Vaccination in the Punjab 1897-1904 - 1897-1904
Year: 1897
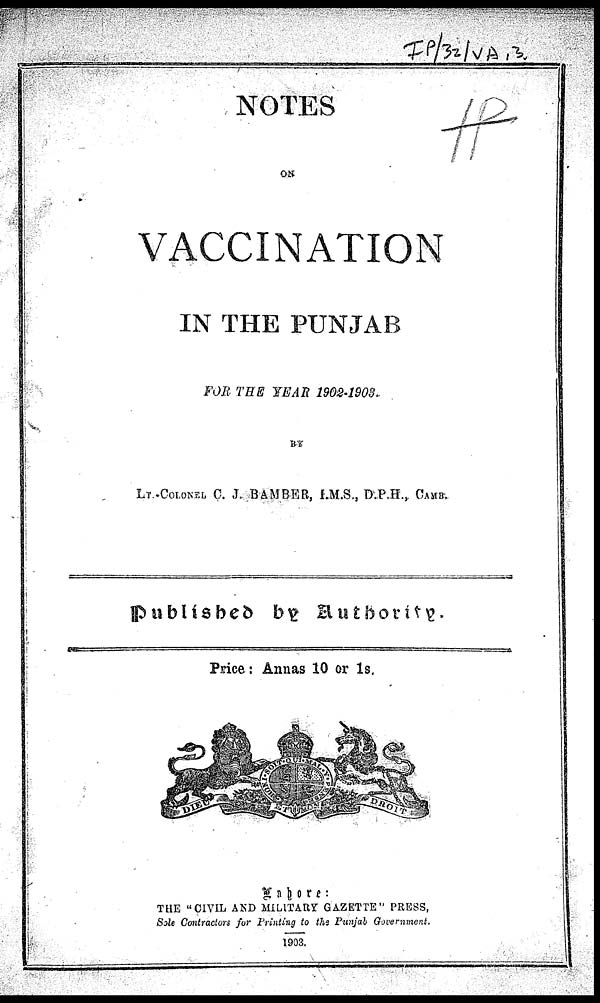
NOTES
ON
VACCINATION
IN THE PUNJAB
FOR THE YEAR 1902-1903.
BY
LT.-COLONEL C. J. BAMBER, I.M.S., D.P.H., CAMB.
Published by Authority.
Price: Annas 10 or 1s.
Lahore:
THE "CIVIL AND MILITARY GAZETTE" PRESS,
Sole Contractors for Printing to the Punjab Government.
1903.